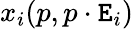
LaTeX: x_{i}(p,p\cdot\mathtt{E}_{i})